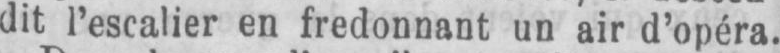
dit l’escalier en fredonnant un air d’opéra.